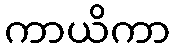
ကာယိကာ